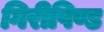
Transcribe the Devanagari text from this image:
गिरीपिण्ड